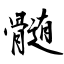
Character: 髄